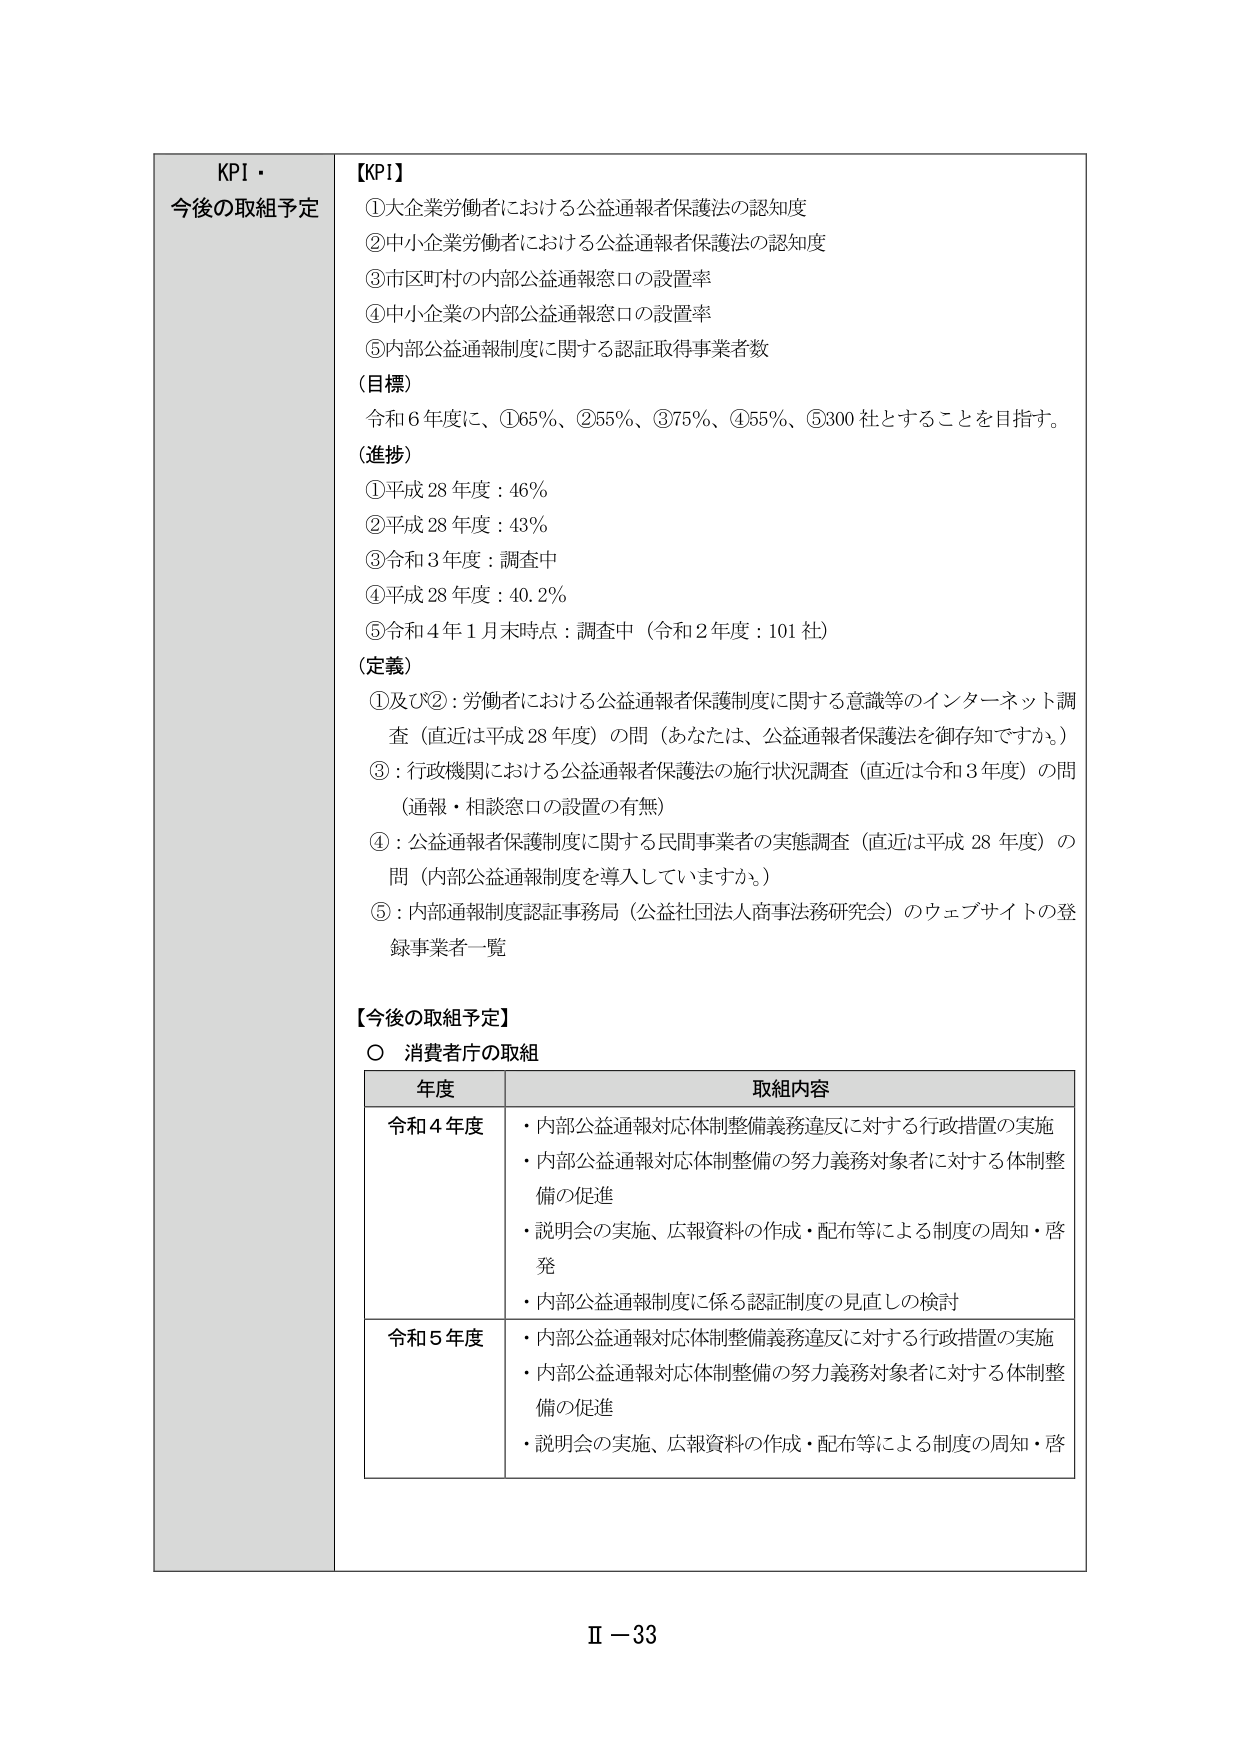
KPI・
今後の取組予定

【KPI】
①大企業労働者における公益通報者保護法の認知度
②中小企業労働者における公益通報者保護法の認知度
③市区町村の内部公益通報窓口の設置率
④中小企業の内部公益通報窓口の設置率
⑤内部公益通報制度に関する認証取得事業者数

（目標）
令和６年度に、①65％、②55％、③75％、④55％、⑤300社とすることを目指す。

（進捗）
①平成28年度：46％
②平成28年度：43％
③令和3年度：調査中
④平成28年度：40.2％
⑤令和4年1月末時点：調査中（令和2年度：101社）

（定義）
①及び②：労働者における公益通報者保護制度に関する意識等のインターネット調査（直近は平成28年度）の問（あなたは、公益通報者保護法を御存知ですか。）
③：行政機関における公益通報者保護法の施行状況調査（直近は令和3年度）の問（通報・相談窓口の設置の有無）
④：公益通報者保護制度に関する民間事業者の実態調査（直近は平成28年度）の問（内部公益通報制度を導入していますか。）
⑤：内部通報制度認証事務局（公益社団法人商事法務研究会）のウェブサイトの登録事業者一覧

【今後の取組予定】
○ 消費者庁の取組

年度　　　　　　　　　　　　　　　取組内容
令和4年度　・内部公益通報対応体制整備義務違反に対する行政措置の実施
　　　　　　・内部公益通報対応体制整備の努力義務対象者に対する体制整備の促進
　　　　　　・説明会の実施、広報資料の作成・配布等による制度の周知・啓発
　　　　　　・内部公益通報制度に係る認証制度の見直しの検討
令和5年度　・内部公益通報対応体制整備義務違反に対する行政措置の実施
　　　　　　・内部公益通報対応体制整備の努力義務対象者に対する体制整備の促進
　　　　　　・説明会の実施、広報資料の作成・配布等による制度の周知・啓発

Ⅱ－33